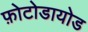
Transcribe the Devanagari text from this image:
फ़ोटोडायोड